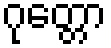
ဂုတ္တော